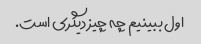
اول ببینیم چه چیز دیگری است.